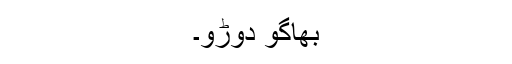
بھاگو دوڑو۔